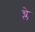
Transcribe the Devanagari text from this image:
च्ले